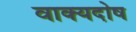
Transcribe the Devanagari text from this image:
वाक्यदोष